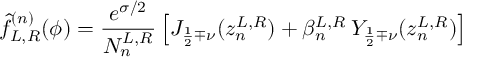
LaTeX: \hat { f } _ { L , R } ^ { ( n ) } ( \phi ) = \frac { e ^ { \sigma / 2 } } { N _ { n } ^ { L , R } } \left[ J _ { \frac { 1 } { 2 } \mp \nu } ( z _ { n } ^ { L , R } ) + \beta _ { n } ^ { L , R } \, Y _ { \frac { 1 } { 2 } \mp \nu } ( z _ { n } ^ { L , R } ) \right]